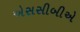
એસસીબીએ